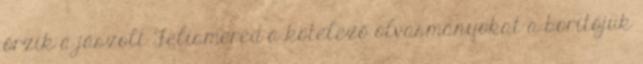
őrzik a jászolt Felismered a kötelező olvasmányokat a borítójuk